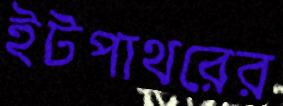
ইটপাথরের